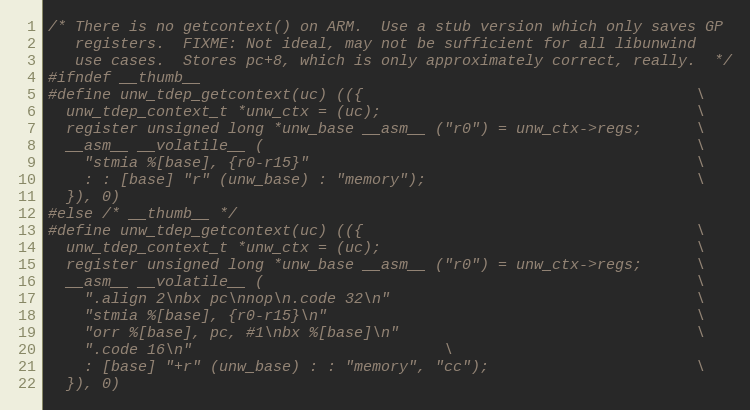
Language: C
/* There is no getcontext() on ARM.  Use a stub version which only saves GP
   registers.  FIXME: Not ideal, may not be sufficient for all libunwind
   use cases.  Stores pc+8, which is only approximately correct, really.  */
#ifndef __thumb__
#define unw_tdep_getcontext(uc) (({                                     \
  unw_tdep_context_t *unw_ctx = (uc);                                   \
  register unsigned long *unw_base __asm__ ("r0") = unw_ctx->regs;      \
  __asm__ __volatile__ (                                                \
    "stmia %[base], {r0-r15}"                                           \
    : : [base] "r" (unw_base) : "memory");                              \
  }), 0)
#else /* __thumb__ */
#define unw_tdep_getcontext(uc) (({                                     \
  unw_tdep_context_t *unw_ctx = (uc);                                   \
  register unsigned long *unw_base __asm__ ("r0") = unw_ctx->regs;      \
  __asm__ __volatile__ (                                                \
    ".align 2\nbx pc\nnop\n.code 32\n"                                  \
    "stmia %[base], {r0-r15}\n"                                         \
    "orr %[base], pc, #1\nbx %[base]\n"                                 \
    ".code 16\n"							\
    : [base] "+r" (unw_base) : : "memory", "cc");                       \
  }), 0)